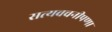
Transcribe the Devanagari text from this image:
सत्यवचनीपणा